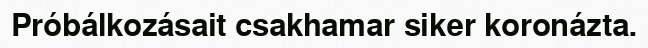
Próbálkozásait csakhamar siker koronázta.